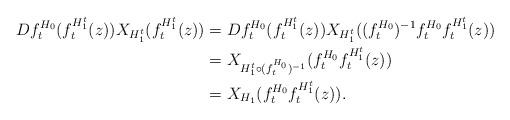
LaTeX: \begin{align*}Df_{t}^{H_{0}}(f_{t}^{H_{1}^{t}}(z))X_{H_{1}^{t}}(f_{t}^{H_{1}^{t}}(z)) &=Df_{t}^{H_{0}}(f_{t}^{H_{1}^{t}}(z))X_{H_{1}^{t}}((f_{t}^{H_{0}})^{-1}f_{t}^{H_{0}}f_{t}^{H_{1}^{t}}(z))\\& =X_{H_{1}^{t}\circ(f_{t}^{H_{0}})^{-1}}(f_{t}^{H_{0}}f_{t}^{H_{1}^{t}}(z))\\& =X_{H_{1}}(f_{t}^{H_{0}}f_{t}^{H_{1}^{t}}(z)).\end{align*}